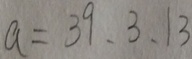
a = 3 9 、 3 、 1 3